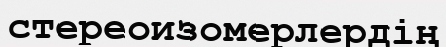
стереоизомерлердің